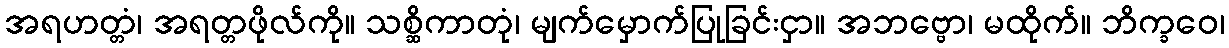
အရဟတ္တံ၊ အရတ္တဖိုလ်ကို။ သစ္ဆိကာတုံ၊ မျက်မှောက်ပြုခြင်းငှာ။ အဘဗ္ဗော၊ မထိုက်။ ဘိက္ခဝေ၊